Vaccination in the Punjab 1919-1929 - 1919-1929
Year: 1919
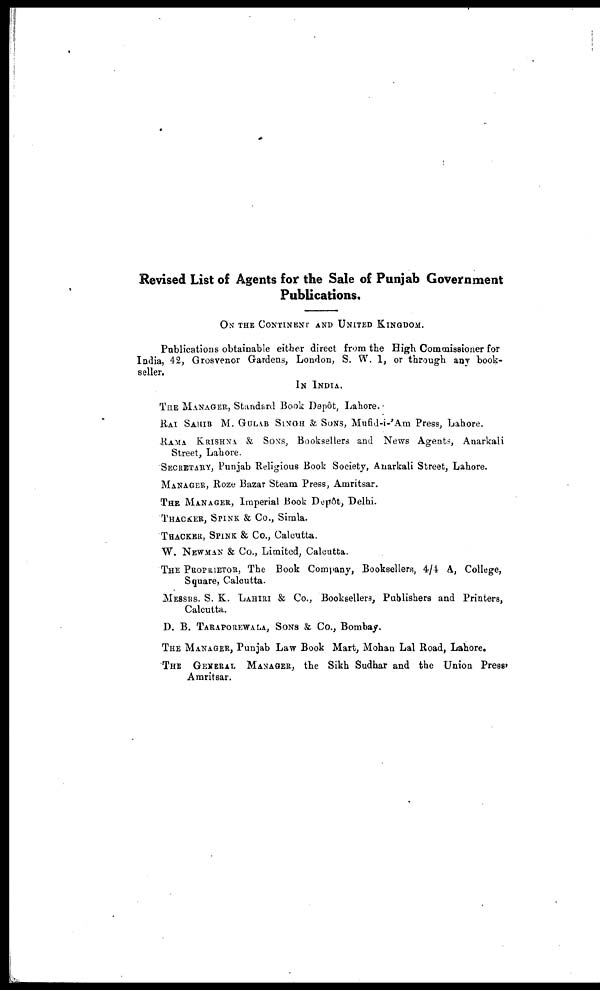
Revised List of Agents for the Sale of Punjab Government
Publications,
ON THE CONTINENT AND UNITED KINGDOM.
Publications obtainable either direct from the High Commissioner for
India, 42, Grosvenor Gardens, London, S. W. 1, or through any book-
seller.
IN INDIA.
THE MANAGER, Standard Book Depôt, Lahore.
RAI SAHIB M. GULAB SINGH & SONS, Mufid-i-'Am Press, Lahore.
RAMA KRISHNA & SONS, Booksellers and News Agents, Anarkali
Street, Lahore.
SECRETARY, Punjab Religious Book Society, Anarkali Street, Lahore.
MANAGER, Roze Bazar Steam Press, Amritsar.
THE MANAGER, Imperial Book Depôt, Delhi.
THACKER, SPINK & Co., Simla.
THACKER, SPINK & Co., Calcutta.
W. NEWMAN & Co., Limited, Calcutta.
THE PROPRIETOR, The Book Company, Booksellers, 4/4 A, College,
Square, Calcutta.
MESSRS. S. K. LAHIRI & Co., Booksellers, Publishers and Printers,
Calcutta.
D. B. TARAPOREWALA, SONS & Co., Bombay.
THE MANAGER, Punjab Law Book Mart, Mohan Lal Road, Lahore.
THE
GENERAL MANAGER, the Sikh Sudhar and the Union Press'
Amritsar.